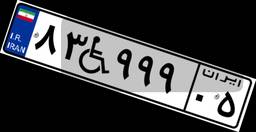
۵۹W۱۶۵۷۸